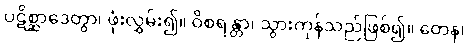
ပဋိစ္ဆာဒေတွာ၊ ဖုံးလွှမ်း၍။ ဝိစရန္တာ၊ သွားကုန်သည်ဖြစ်၍။ တေန၊